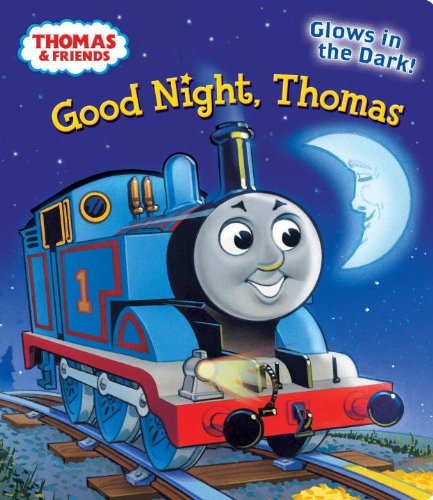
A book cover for Good Night, Thomas (Thomas & Friends) (Glow-in-the-Dark Board Book); Rev. W. Awdry; Children's Books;